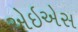
એઇએસ